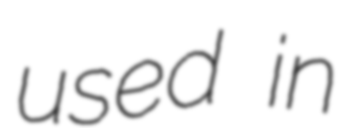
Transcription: used in